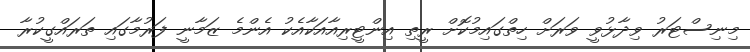
މިނިސްޓަރު ވިދާޅުވީ ވަރަށް ހިތްގައިމުކޮށް ރީތި އިންޓީރިއާއަކާއެކު އެންމެ ޒަމާނީ ފަރުމާގައި ތަރައްގީކުރާ